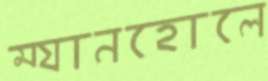
ম্যানহোলে